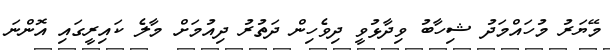
މޭޔަރު މުހައްމަދު ޝިހާބު ވިދާޅުވީ ދިވެހިން ދަތުރު ދިއުމަށް މާލެ ކައިރީގައި އޮންނަ